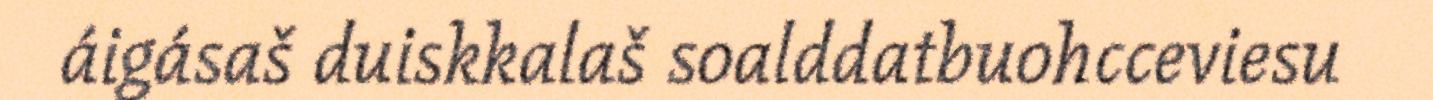
áigásaš duiskkalaš soalddatbuohcceviesu